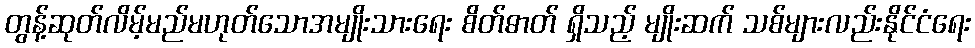
တွန့်ဆုတ်လိမ့်မည်မဟုတ်သောအမျိုးသားရေး စိတ်ဓာတ် ရှိသည့် မျိုးဆက် သစ်များလည်းနိုင်ငံရေး